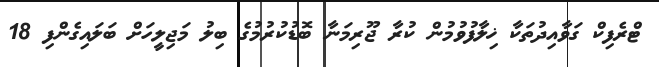
ޓްރެފިކް ގަވާއިދުތަކާ ޚިލާފުވުމުން ކުރާ ޖޫރިމަނާ ބޮޑުކުރުމުގެ ބިލު މަޖިލީހަށް ބަލައިގެންފި 18